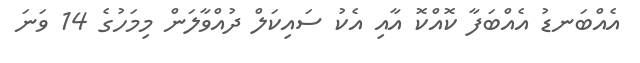
އެއްބަނޑު އެއްބަފާ ކޮއްކޮ އާއި އެކު ސައިކަލް ދުއްވާލަން މިމަހުގެ 14 ވަނަ